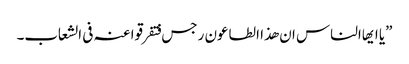
”یا ایھاالناس ان ھذا الطاعون رجس فتفرقوا عنہ فی الشعاب۔